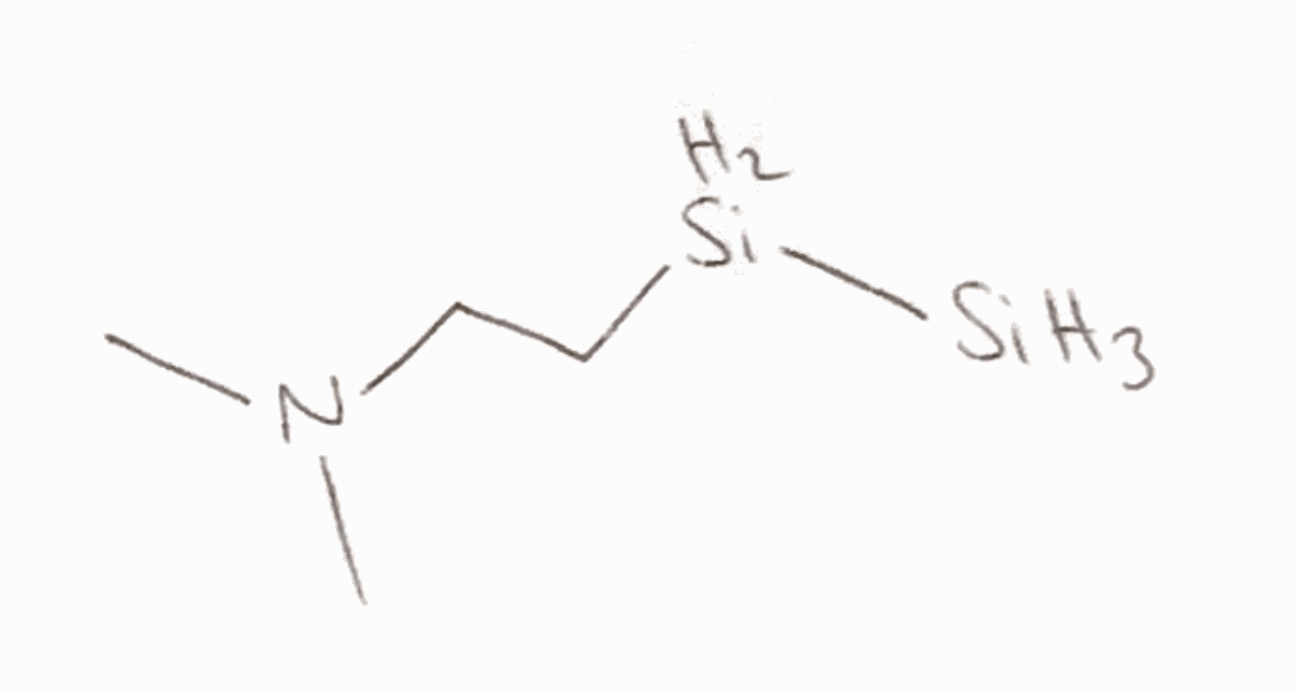
Simplified molecular-input line-entry system (SMILES) notation of the given molecule:
CN(C)CC[SiH2][SiH3]